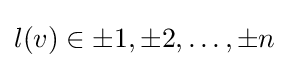
l(v)\in {\pm 1,\pm 2,\ldots ,\pm n}